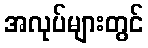
အလုပ်များတွင်